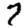
Digit: 7